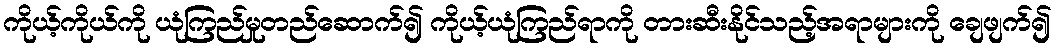
ကိုယ့်ကိုယ်ကို ယုံကြည်မှုတည်ဆောက်၍ ကိုယ့်ယုံကြည်ရာကို တားဆီးနိုင်သည့်အရာများကို ချေဖျက်၍